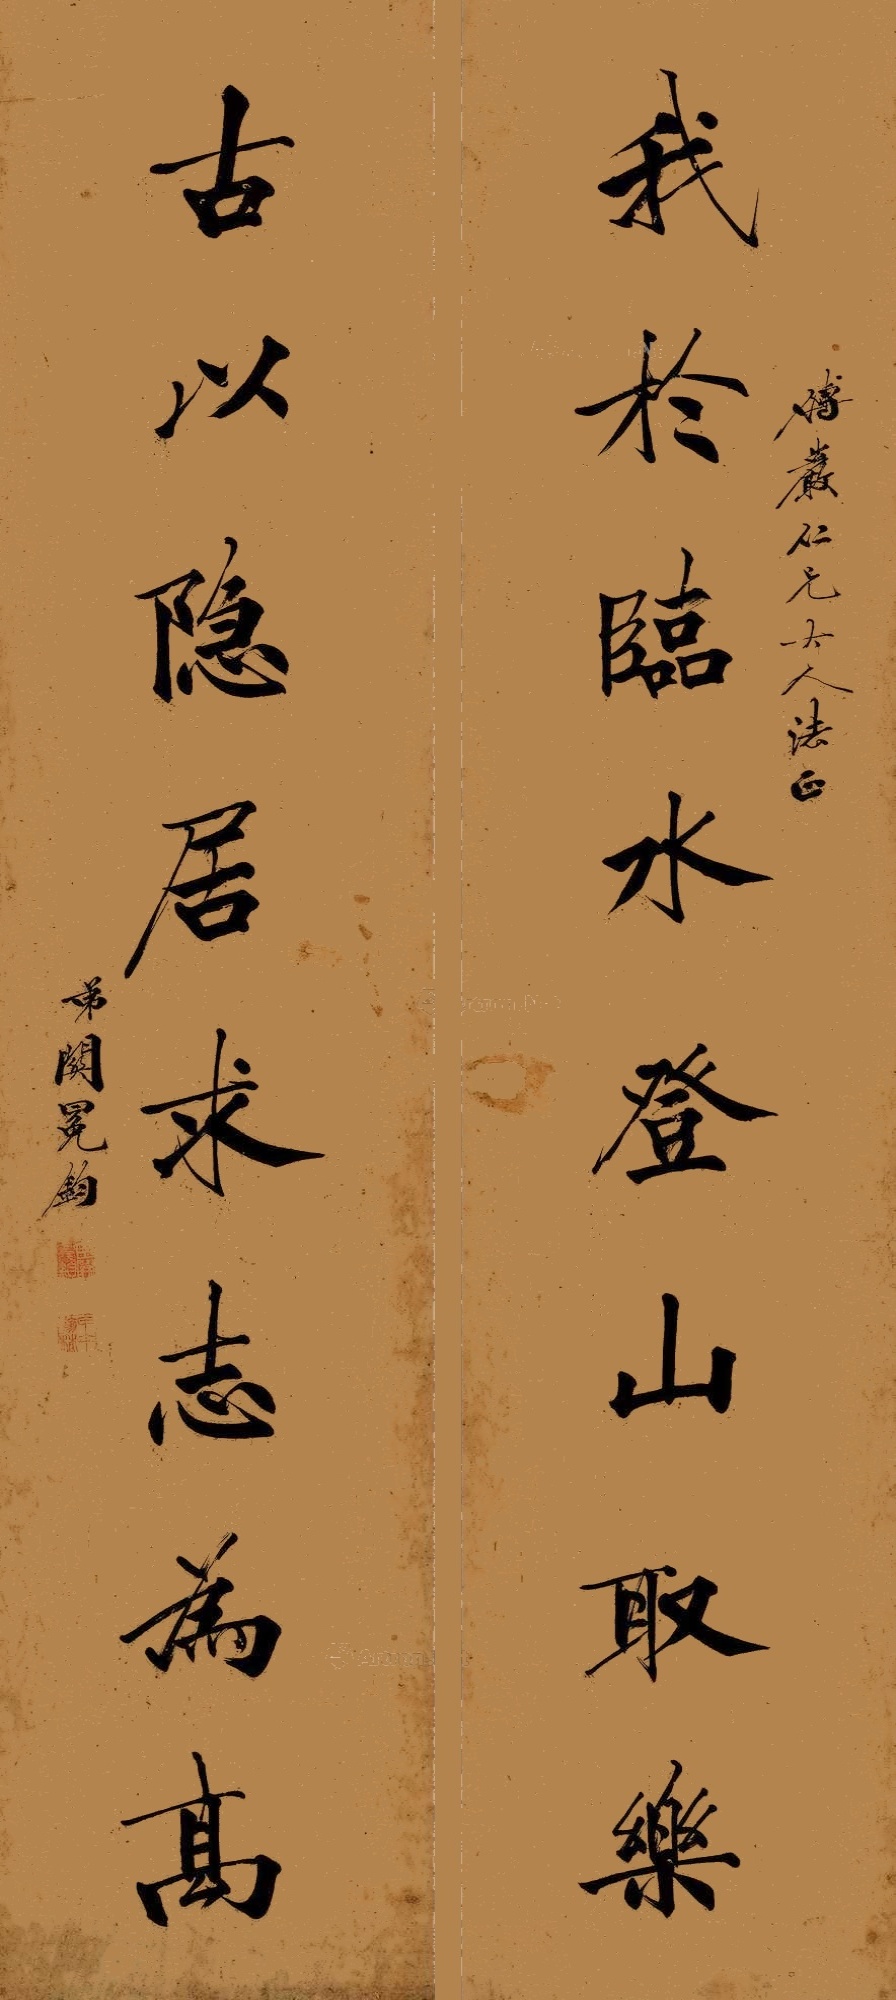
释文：我于临水登山取乐，古以隐居求志为高。傅岩仁兄大人法正。弟关冕钧。